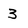
Character: 3